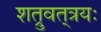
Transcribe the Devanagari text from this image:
शत्रुवत्‌त्रयः